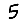
Digit: 5